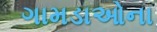
ગામડાઓના